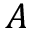
A